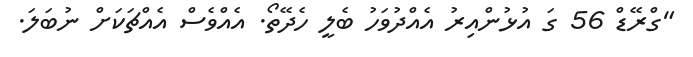
"ގްރޭޑް 56 ގަ އުޅުންއިރު އެއްދުވަހު ބެލީ ހެދޭތޯ. އެއްވެސް އެއްޗަކަށް ނުބަލަ.